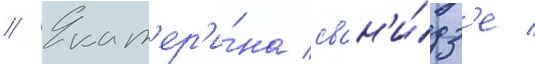
// Екат'ер'и́на сван'и́дз'е /